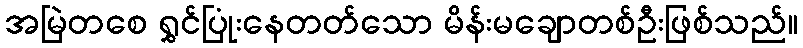
အမြဲတစေ ရွှင်ပြုံးနေတတ်သော မိန်းမချောတစ်ဦးဖြစ်သည်။